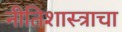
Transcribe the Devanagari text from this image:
नीतिशास्त्राचा